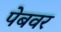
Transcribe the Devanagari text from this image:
पेबवर